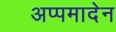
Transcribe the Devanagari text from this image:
अप्पमादेन